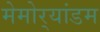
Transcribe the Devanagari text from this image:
मेमोर्‍यांडम